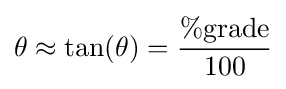
\theta \approx \tan(\theta )={\frac {\%{\text{grade}}}{100}}